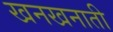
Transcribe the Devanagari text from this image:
खनखनाती